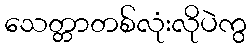
သေတ္တာတစ်လုံးလိုပဲကွ